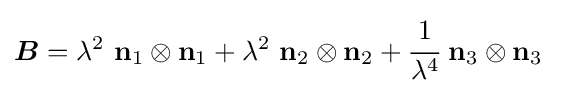
{\boldsymbol {B}}=\lambda ^{2}~\mathbf {n} _{1}\otimes \mathbf {n} _{1}+\lambda ^{2}~\mathbf {n} _{2}\otimes \mathbf {n} _{2}+{\cfrac {1}{\lambda ^{4}}}~\mathbf {n} _{3}\otimes \mathbf {n} _{3}~